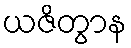
ယဇိတွာန